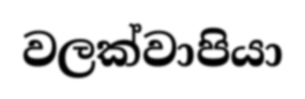
වලක්වාපියා